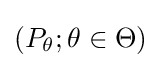
(P_{\theta };\theta \in \Theta )